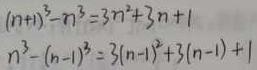
\begin{align*}
(n + 1)^3 - n^3&=3n^2+3n + 1\\
n^3-(n - 1)^3&=3(n - 1)^2+3(n - 1)+1
\end{align*}